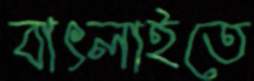
বাৎলাইতে